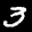
Label: 3